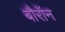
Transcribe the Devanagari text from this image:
बौरॉन